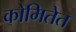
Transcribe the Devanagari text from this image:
कोमितेत